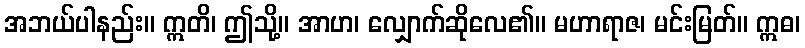
အဘယ်ပါနည်း။ ဣတိ၊ ဤသို့။ အာဟ၊ လျှောက်ဆိုလေ၏။ မဟာရာဇ၊ မင်းမြတ်။ ဣဓ၊